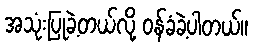
အသုံးပြုခဲ့တယ်လို့ ဝန်ခံခဲ့ပါတယ်။